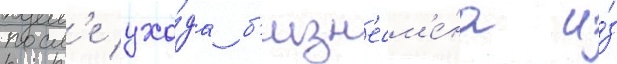
посл'е ухо́да б'изн'есм'е́на и́з